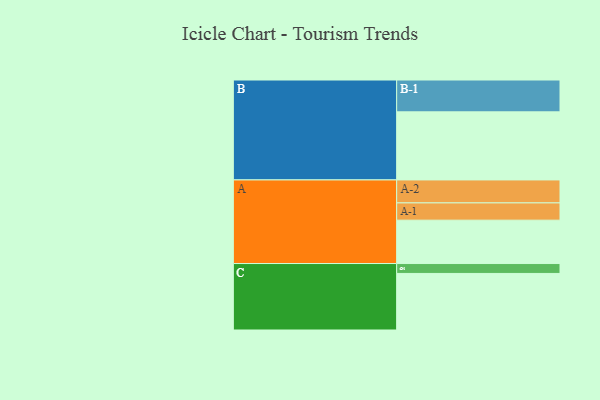
{"axis": {"x": "Segment", "y": "Value"}, "legend": ["", "A", "B", "C"], "data": [{"x": "A", "y": 372, "type": ""}, {"x": "B", "y": 584, "type": ""}, {"x": "C", "y": 485, "type": ""}, {"x": "A-1", "y": 148, "type": "A"}, {"x": "A-2", "y": 197, "type": "A"}, {"x": "B-1", "y": 273, "type": "B"}, {"x": "C-1", "y": 85, "type": "C"}]}